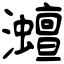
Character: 灗